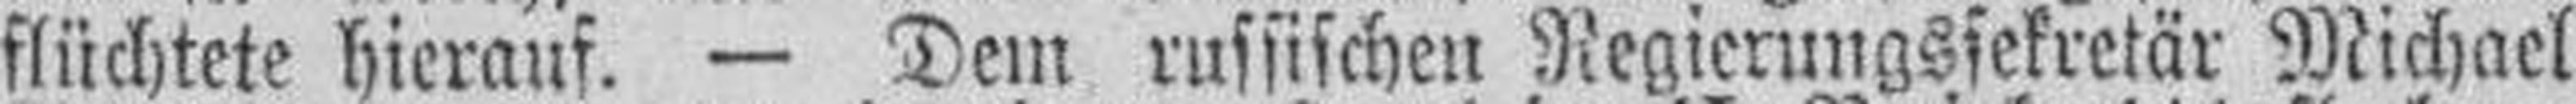
flüchtete hierauf. — Dem russischen Regierungssekretär Michael